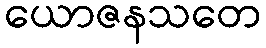
ယောဇနသတေ